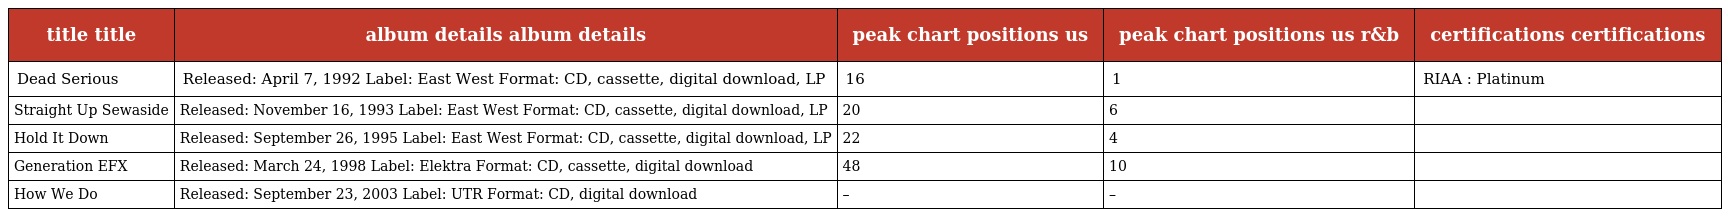
| title title | album details album details | peak chart positions us | peak chart positions us r&b | certifications certifications |
 | --- | --- | --- | --- | --- |
 | Dead Serious | Released: April 7, 1992 Label: East West Format: CD, cassette, digital download, LP | 16 | 1 | RIAA : Platinum |
 | Straight Up Sewaside | Released: November 16, 1993 Label: East West Format: CD, cassette, digital download, LP | 20 | 6 |  |
 | Hold It Down | Released: September 26, 1995 Label: East West Format: CD, cassette, digital download, LP | 22 | 4 |  |
 | Generation EFX | Released: March 24, 1998 Label: Elektra Format: CD, cassette, digital download | 48 | 10 |  |
 | How We Do | Released: September 23, 2003 Label: UTR Format: CD, digital download | – | – |  |